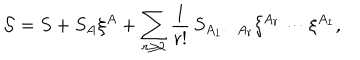
LaTeX: { \cal S } = S + S _ { A } \xi ^ { A } + \sum _ { r \geq 2 } \frac 1 { r ! } \, S _ { A _ { 1 } \cdots A _ { r } } \xi ^ { A _ { r } } \cdots \xi ^ { A _ { 1 } } ,